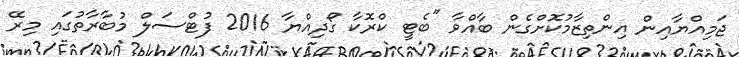
ޖަމިއްޔާއިން އިންތިޒާމުކޮށްގެން ބާއްވާ "ބެޓީ ކްރޮކާ ގޯދިއްޔާ 2016 ފުޓްސަލް މުބާރާތުގައި މިރޭ